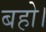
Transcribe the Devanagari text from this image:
बहो।